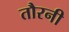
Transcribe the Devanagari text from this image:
तौरनी